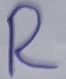
Text: R